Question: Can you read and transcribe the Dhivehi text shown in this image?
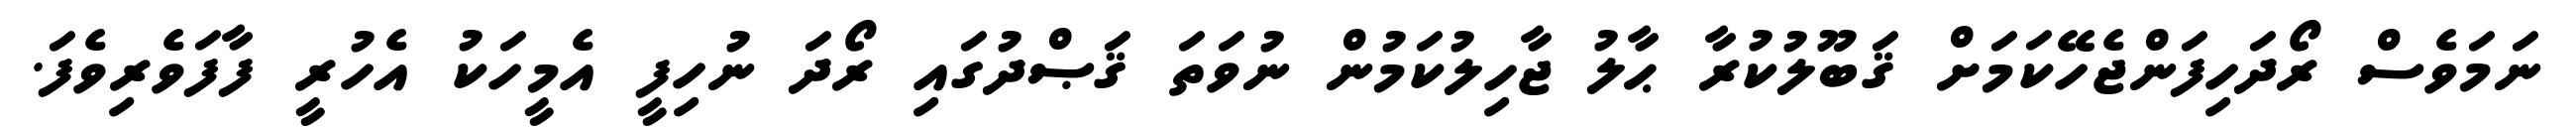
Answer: ނަމަވެސް ރޯދަހިފަންޖެހޭކަމަށް ޤަބޫލުކުރާ ޙާލު ޖާހިލުކަމުން ނުވަތަ ޤަޞްދުގައި ރޯދަ ނުހިފީ އެމީހަކު އެހުރީ ފާފަވެރިވެފަ.